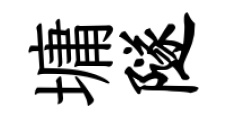
墉隧